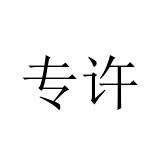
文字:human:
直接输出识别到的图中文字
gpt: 专许